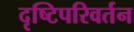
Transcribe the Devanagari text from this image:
दृष्टिपरिवर्तन